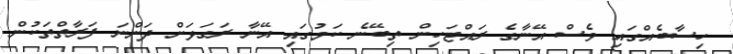
ހިސާބެއްގައި ވެސް އޭނާގެ ރައްޓަހިން ތިބޭނެ ކަމުގައި އޭނާ ރަގަޅަށް ދަންނަ ފަރާތްތަކުން